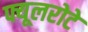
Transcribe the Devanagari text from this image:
फ्यूलरोटे